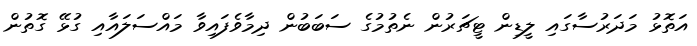
އަތޮޅު މަދަރުސާގައި ލީޑިން ޓީޗަރުން ނެތުމުގެ ސަބަބުން ދިމާވެފައިވާ މައްސަލައާއި ގުޅޭ ގޮތުން